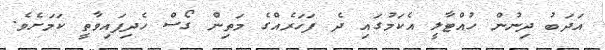
އަދަބު ދިނުން ހުއްޓާލީ އެކަމުގައި ދެ ފަހަރެއްގެ މަތިން ގޯސް ހެދިފައިވާތީ ކަމަށެވެ.